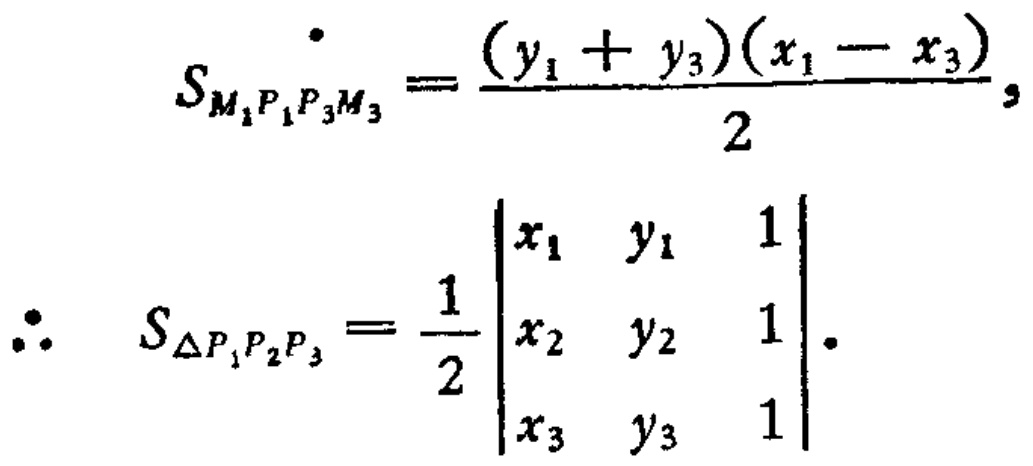
\[
S_{M_1P_1P_3M_3}=\frac{(y_1 + y_3)(x_1 - x_3)}{2},
\]
\[
\therefore\ S_{\triangle P_1P_2P_3}=\frac{1}{2}\begin{vmatrix}
x_1 & y_1 & 1\\
x_2 & y_2 & 1\\
x_3 & y_3 & 1
\end{vmatrix}.
\]